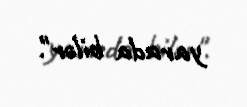
yarada bilər".